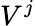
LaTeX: V^{j}